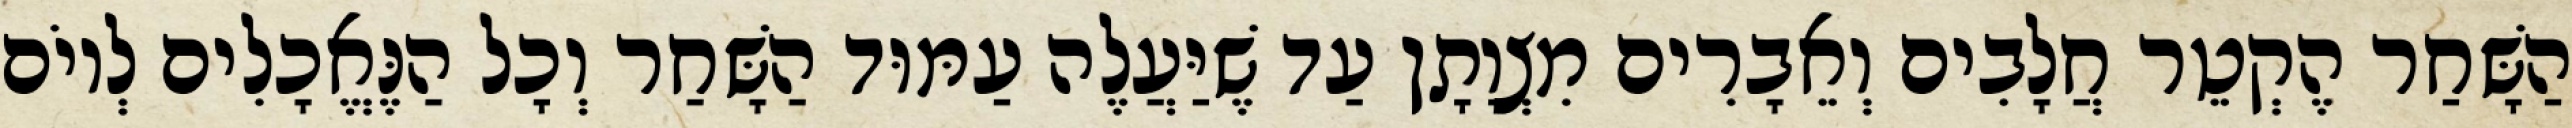
הַשָּׁחַר הֶקְטֵר חֲלָבִים וְאֵבָרִים מִצְוָתָן עַד שֶׁיַּעֲלֶה עַמּוּד הַשָּׁחַר וְכָל הַנֶּאֱכָלִים לְיוֹם